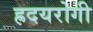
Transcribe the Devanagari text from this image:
ह्रदयरोगी